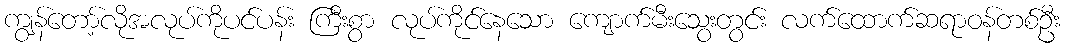
ကျွန်တော့်လိုအလုပ်ကိုပင်ပန်း ကြီးစွာ လုပ်ကိုင်နေသော ကျောက်မီးသွေးတွင်း လက်ထောက်ဆရာဝန်တစ်ဦး